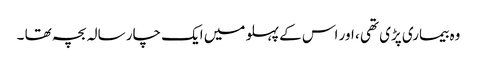
وہ بیماری پڑی تھی ، اور اس کے پہلو میں ایک چار سالہ بچہ تھا ۔